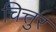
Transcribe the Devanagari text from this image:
चित्तुर